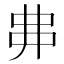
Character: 丳